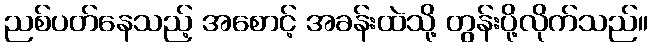
ညစ်ပတ်နေသည့် အစောင့် အခန်းထဲသို့ တွန်းပို့လိုက်သည်။